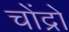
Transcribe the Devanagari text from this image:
चोंद्रो